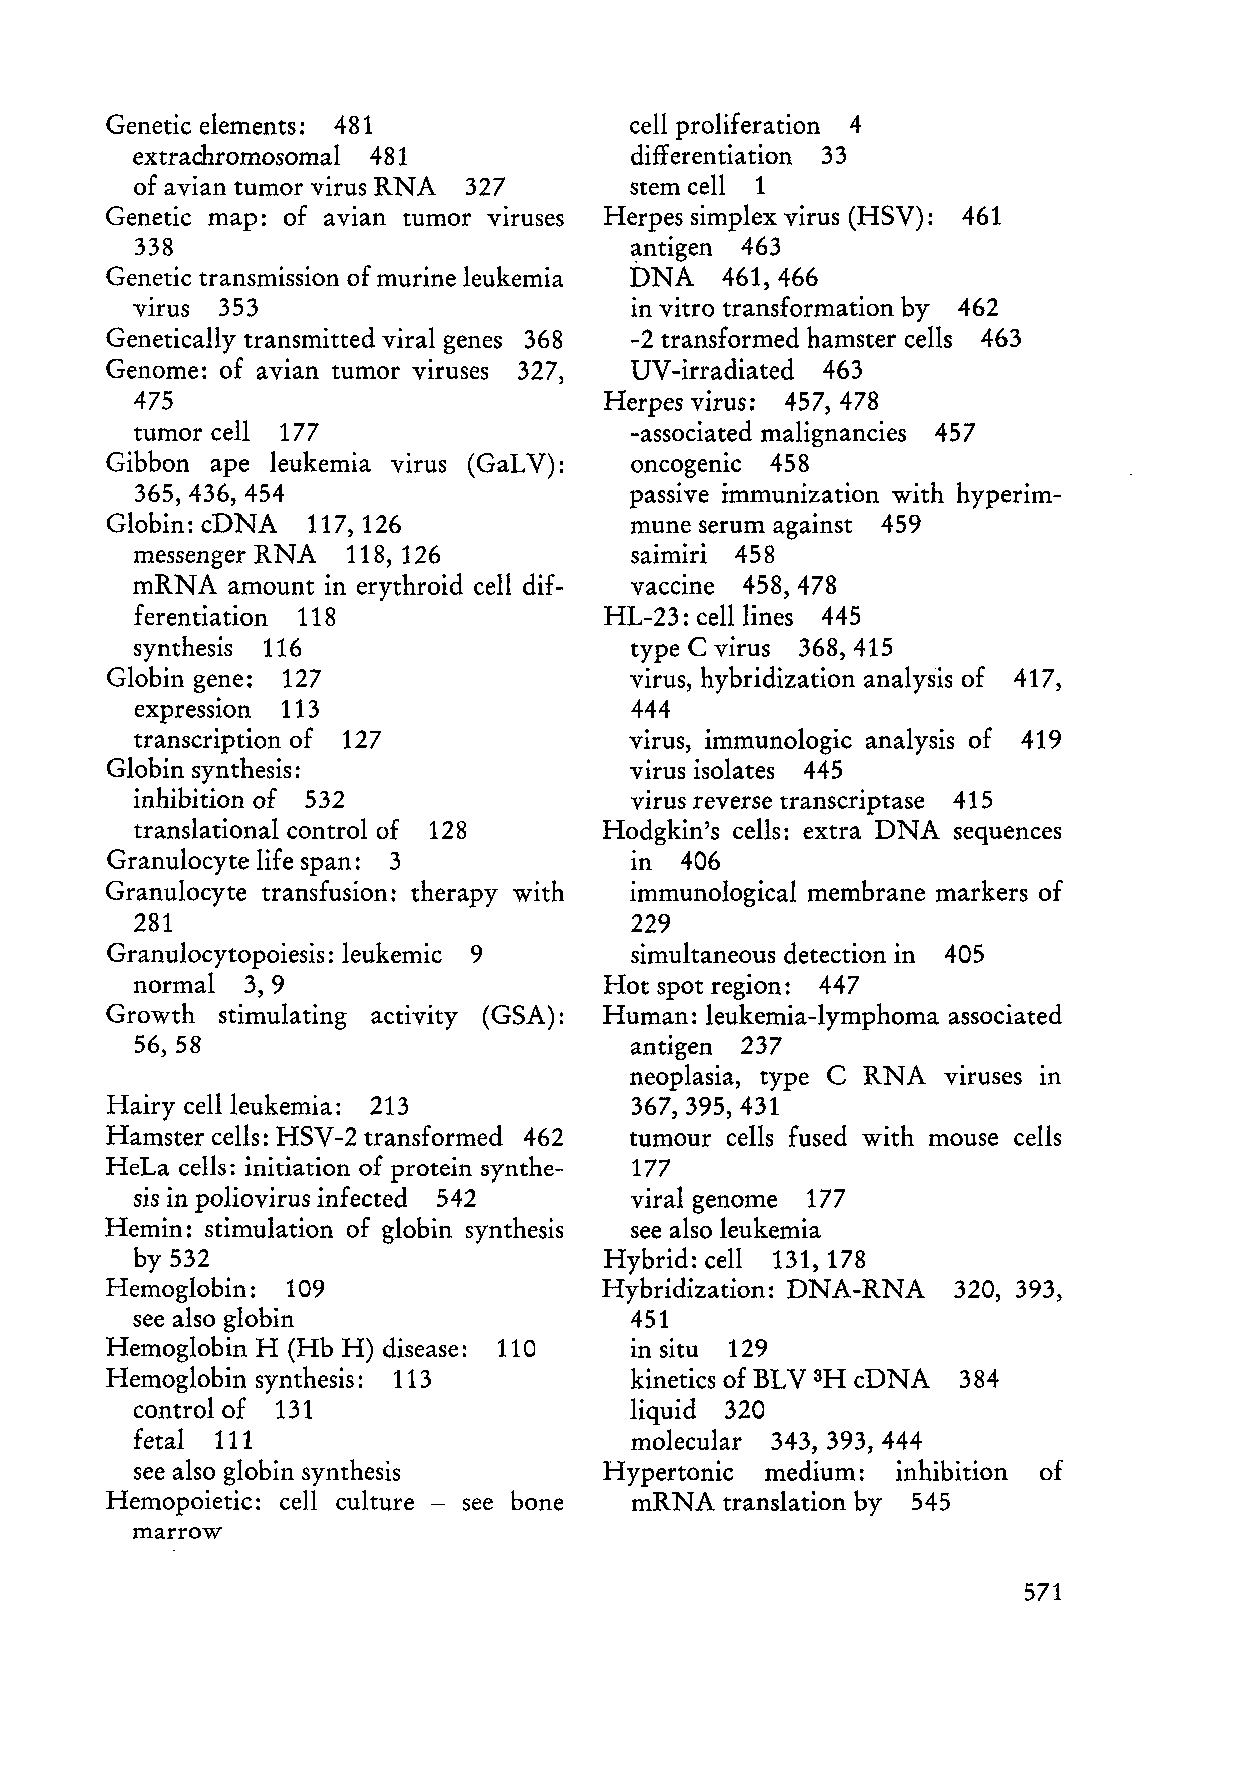
Genetic elements: 481              cell proliferation 4
 extrachromosomal 481             differentiation 33
 of a vian tumor virus RN A 327   stem cell 1
 Genetic map: of avian tumor viruses Herpes simplex virus (HSV): 461
 338                              ~ntigen 463
 Genetic transmission of murine leukemia DNA 461,466
 VIrus 353                        in vitro transformation by 462
 Genetically transmitted viral genes 368 -2 transformed hamster cells 463
 Genome: of avian tumor virus es 327, UV- irradiated 463
 475                            Herpes virus: 457, 478
 tumor cell 177                   -associated malignancies 457
 Gibbon ape leukemia VIrUS (GaLV):  oncogenic 458
 365,436,454                      passive immunization with hyperim
 Globin: cDNA  117, 126             mune serum against 459
 messenger RNA 118, 126           saimiri 458
 mRNA  amount in erythroid cell dif vaccine 458,478
 ferentiation 118               HL-23: celllines 445
 synthesis 116                    type C virus 368,415
 Globin gene: 127                   virus, hybridization analysis of 417,
 expressIOn 113                   444
 transcription of 127             virus, immunologie analysis of 419
 Globin synthesis:                  virus isolates 445
 inhibition of 532                virus reverse transcriptase 415
 translational control of 128   Hodgkin's cells: extra DNA sequences
 Granulocyte life span: 3           in 406
 Granulocyte transfusion: therapy with immunological membrane markers of
 281                              229
 Granulocytopoiesis: leukemic 9     simultaneous detection in 405
 normal 3,9                     Hot spot region: 447
 Growth  stimulating activity (GSA): Human: leukemia-lymphoma associated
 56, 58                           antigen 237
 neoplasia, type C RN A viruses in
 Hairy cellleukemia: 213            367,395,431
 Hamster cells: HSV-2 transformed 462 tumour cells fused with mouse cells
 HeLa cells: initiation of protein synthe- 177
 sis in poliovirus infected 542   viral genome 177
 Hemin: stimulation of globin synthesis see also leukemia
 by 532                         Hybrid: cell 131, 178
 Hemoglobin: 109                  Hybridization: DNA-RNA 320, 393,
 see also globin                  451
 Hemoglobin H (Hb H) disease: 110   in situ 129
 Hemoglobin synthesis: 113          kinetics of BLV 3H cDNA 384
 control of 131                   liquid 320
 fetal 111                        molecular 343, 393, 444
 see also globin synthesis      Hypertonie medium: inhibition of
 Hemopoietic: cell culture - see bone mRNA translation by 545
 marrow
 571